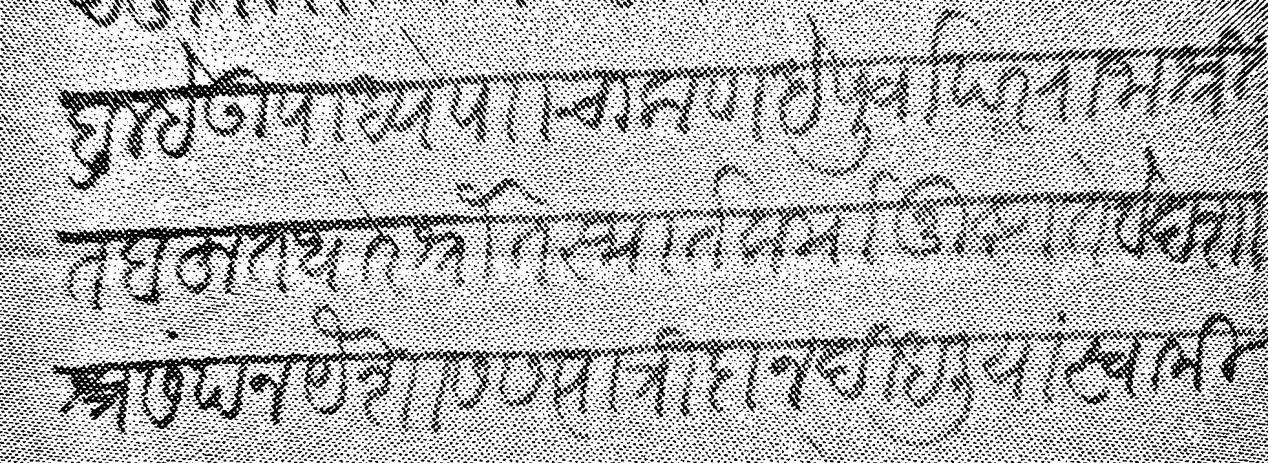
Transliteration (Devanagari): ब्रह्मे उपाध्ये प चाकण हे पूर्वापर राजाश्रित बहुत थोर श्रौत स्मार्त कर्मानुष्टा ते वेदशास्त्र संपन यैशास सत्पात्री दान दिधलीयां स्वामीस